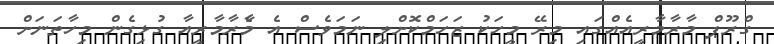
ގްރޫޕް މާރާމާރީއެއްގައި މިރޭ މީހަކު ޒަހަމްކޮށްލި ނަމަވެސް އެ މާެރާމާރީއާ ގުޅިގެން މިހާތަނަށް